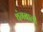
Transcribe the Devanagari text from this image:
थंगबाली